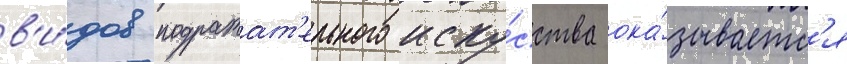
в'и́дов подражат'ельного иску́сства ока́зываетс'я